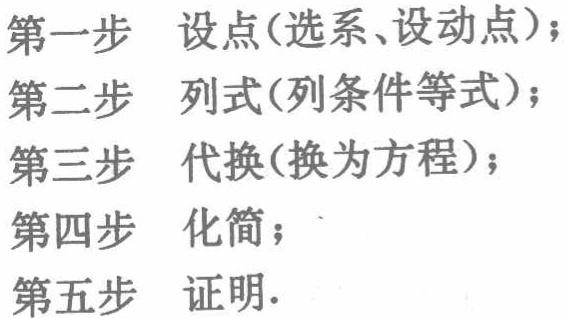
第一步 设点(选系、设动点)；
第二步 列式(列条件等式)；
第三步 代换(换为方程)；
第四步 化简；
第五步 证明.